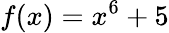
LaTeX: f(x)=x^{6}+5